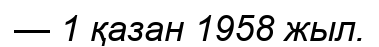
— 1 қазан 1958 жыл.